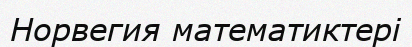
Норвегия математиктері